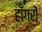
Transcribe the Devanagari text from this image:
हाँगरों